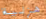
هزلية